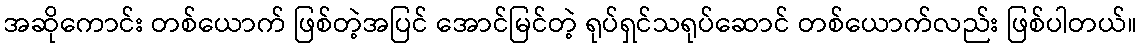
အဆိုကောင်း တစ်ယောက် ဖြစ်တဲ့အပြင် အောင်မြင်တဲ့ ရုပ်ရှင်သရုပ်ဆောင် တစ်ယောက်လည်း ဖြစ်ပါတယ်။